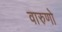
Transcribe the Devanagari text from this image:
वारुणो